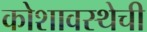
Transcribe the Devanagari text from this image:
कोशावस्थेची